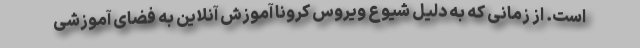
است. از زمانی که به دلیل شیوع ویروس کرونا آموزش آنلاین به فضای آموزشی